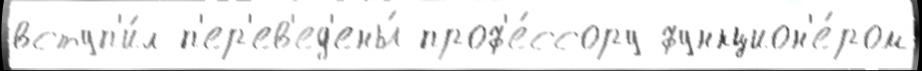
вступ'и́л п'ер'ев'ед'ены́ проф'е́ссору функцион'е́ром